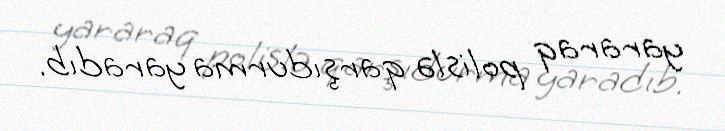
yararaq polislə qarşıdurma yaradıb.